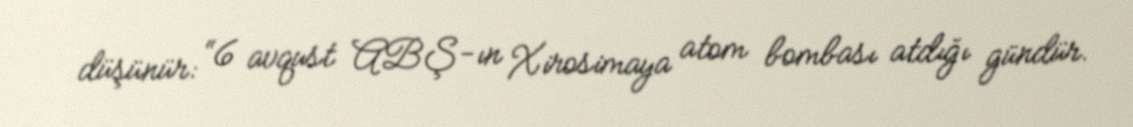
düşünür: “6 avqust ABŞ-ın Xirosimaya atom bombası atdığı gündür.